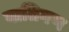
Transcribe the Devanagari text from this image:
वातिगण